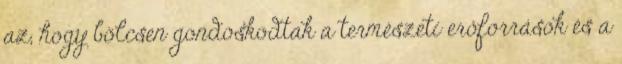
az, hogy bölcsen gondoskodtak a természeti erőforrások és a